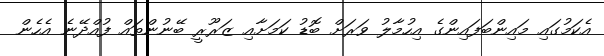
އެކަމުގައި މައިންބަފައިންގެ އިހުމާލު ވަރަށް ބޮޑު ކަމަށާއި ޒަރޫރީ ބޭނުންތައް ފުއްދޭނެ އެހެން